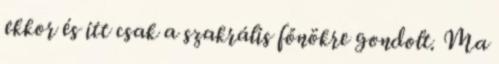
ekkor és itt csak a szakrális főnök­re gon­dolt. Ma